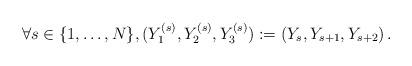
LaTeX: \begin{align*}\forall s\in\{1,\ldots,N\},(Y_{1}^{(s)},Y_{2}^{(s)},Y_{3}^{(s)}):=(Y_{s},Y_{s+1},Y_{s+2})\,.\end{align*}